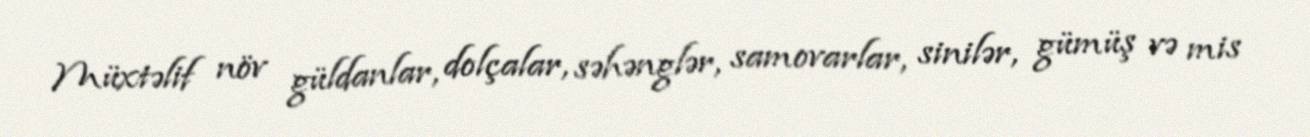
Müxtəlif növ güldanlar, dolçalar, səhənglər, samovarlar, sinilər, gümüş və mis